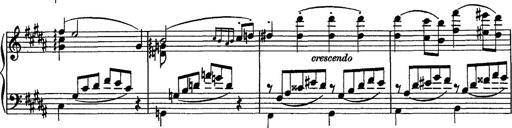
Title: Piano Sonata
Composer: Karl HÃ¤ssler
Key: C major